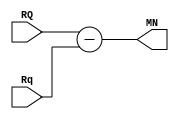
module sub
(
  input  [31:0] RQ, Rq, 
  
  output [31:0] MN
);

  
  assign  MN = RQ - Rq;
  
  
endmodule